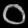
Digit: ၀